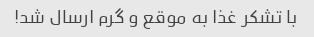
با تشکر غذا به موقع و گرم ارسال شد!